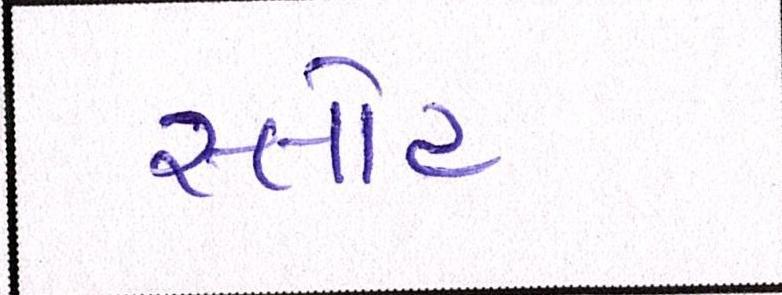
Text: સ્લોટ